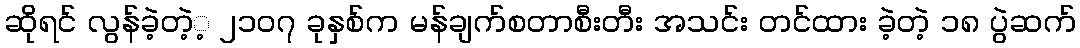
ဆိုရင် လွန်ခဲ့တဲ့့ ၂၁၀၇ ခုနှစ်က မန်ချက်စတာစီးတီး အသင်း တင်ထား ခဲ့တဲ့ ၁၈ ပွဲဆက်